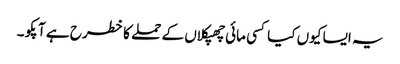
یہ ایسا کیوں کیا کسی مائی چھپکلاں کے حملے کا خطرح ہے آپکو ۔